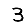
Digit: 3